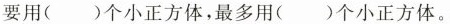
要用( )个小正方体，最多用( )个小正方体。